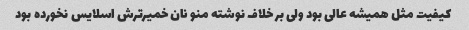
کیفیت مثل همیشه عالی بود ولی بر خلاف نوشته منو نان خمیرترش اسلایس نخورده بود